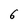
Character: 6